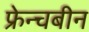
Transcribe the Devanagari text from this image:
फ्रेन्चबीन